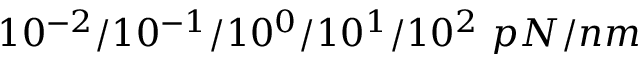
1 0 ^ { - 2 } / 1 0 ^ { - 1 } / 1 0 ^ { 0 } / 1 0 ^ { 1 } / 1 0 ^ { 2 } \, \, p N / n m